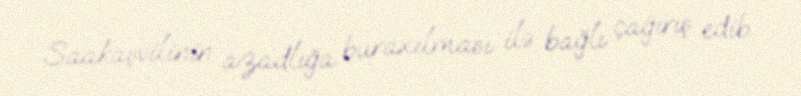
Saakaşvilinin azadlığa buraxılması ilə bağlı çağırış edib.